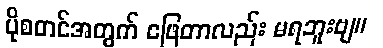
ပိုစတင်အတွက် ဖြေတာလည်း မရဘူးဗျ။